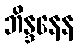
ဘိန္ဒနေန